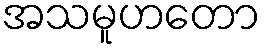
အသမူဟတော